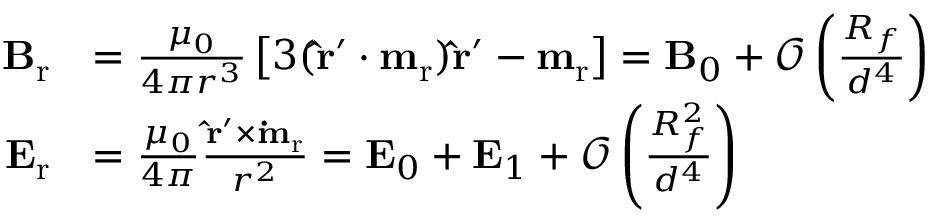
\begin{array} { r l } { \mathbf { B } _ { \mathrm { r } } } & { = \frac { \mu _ { 0 } } { 4 \pi r ^ { 3 } } \left[ 3 ( \mathbf { \hat { r } ^ { \prime } } \boldsymbol { \cdot } \mathbf { m } _ { \mathrm { r } } ) \mathbf { \hat { r } ^ { \prime } } - \mathbf { m } _ { \mathrm { r } } \right] = \mathbf { B } _ { 0 } + \mathcal { O } \left( \frac { R _ { f } } { d ^ { 4 } } \right) } \\ { \mathbf { E } _ { \mathrm { r } } } & { = \frac { \mu _ { 0 } } { 4 \pi } \frac { \mathbf { \hat { r } ^ { \prime } } \times \mathbf { \dot { m } _ { \mathrm { r } } } } { r ^ { 2 } } = \mathbf { E } _ { 0 } + \mathbf { E } _ { 1 } + \mathcal { O } \left( \frac { R _ { f } ^ { 2 } } { d ^ { 4 } } \right) } \end{array}